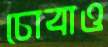
চোবাও